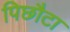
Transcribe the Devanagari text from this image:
पिछौटा